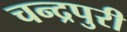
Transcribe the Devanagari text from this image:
चन्द्रपुरी